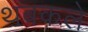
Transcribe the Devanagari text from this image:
थबकले